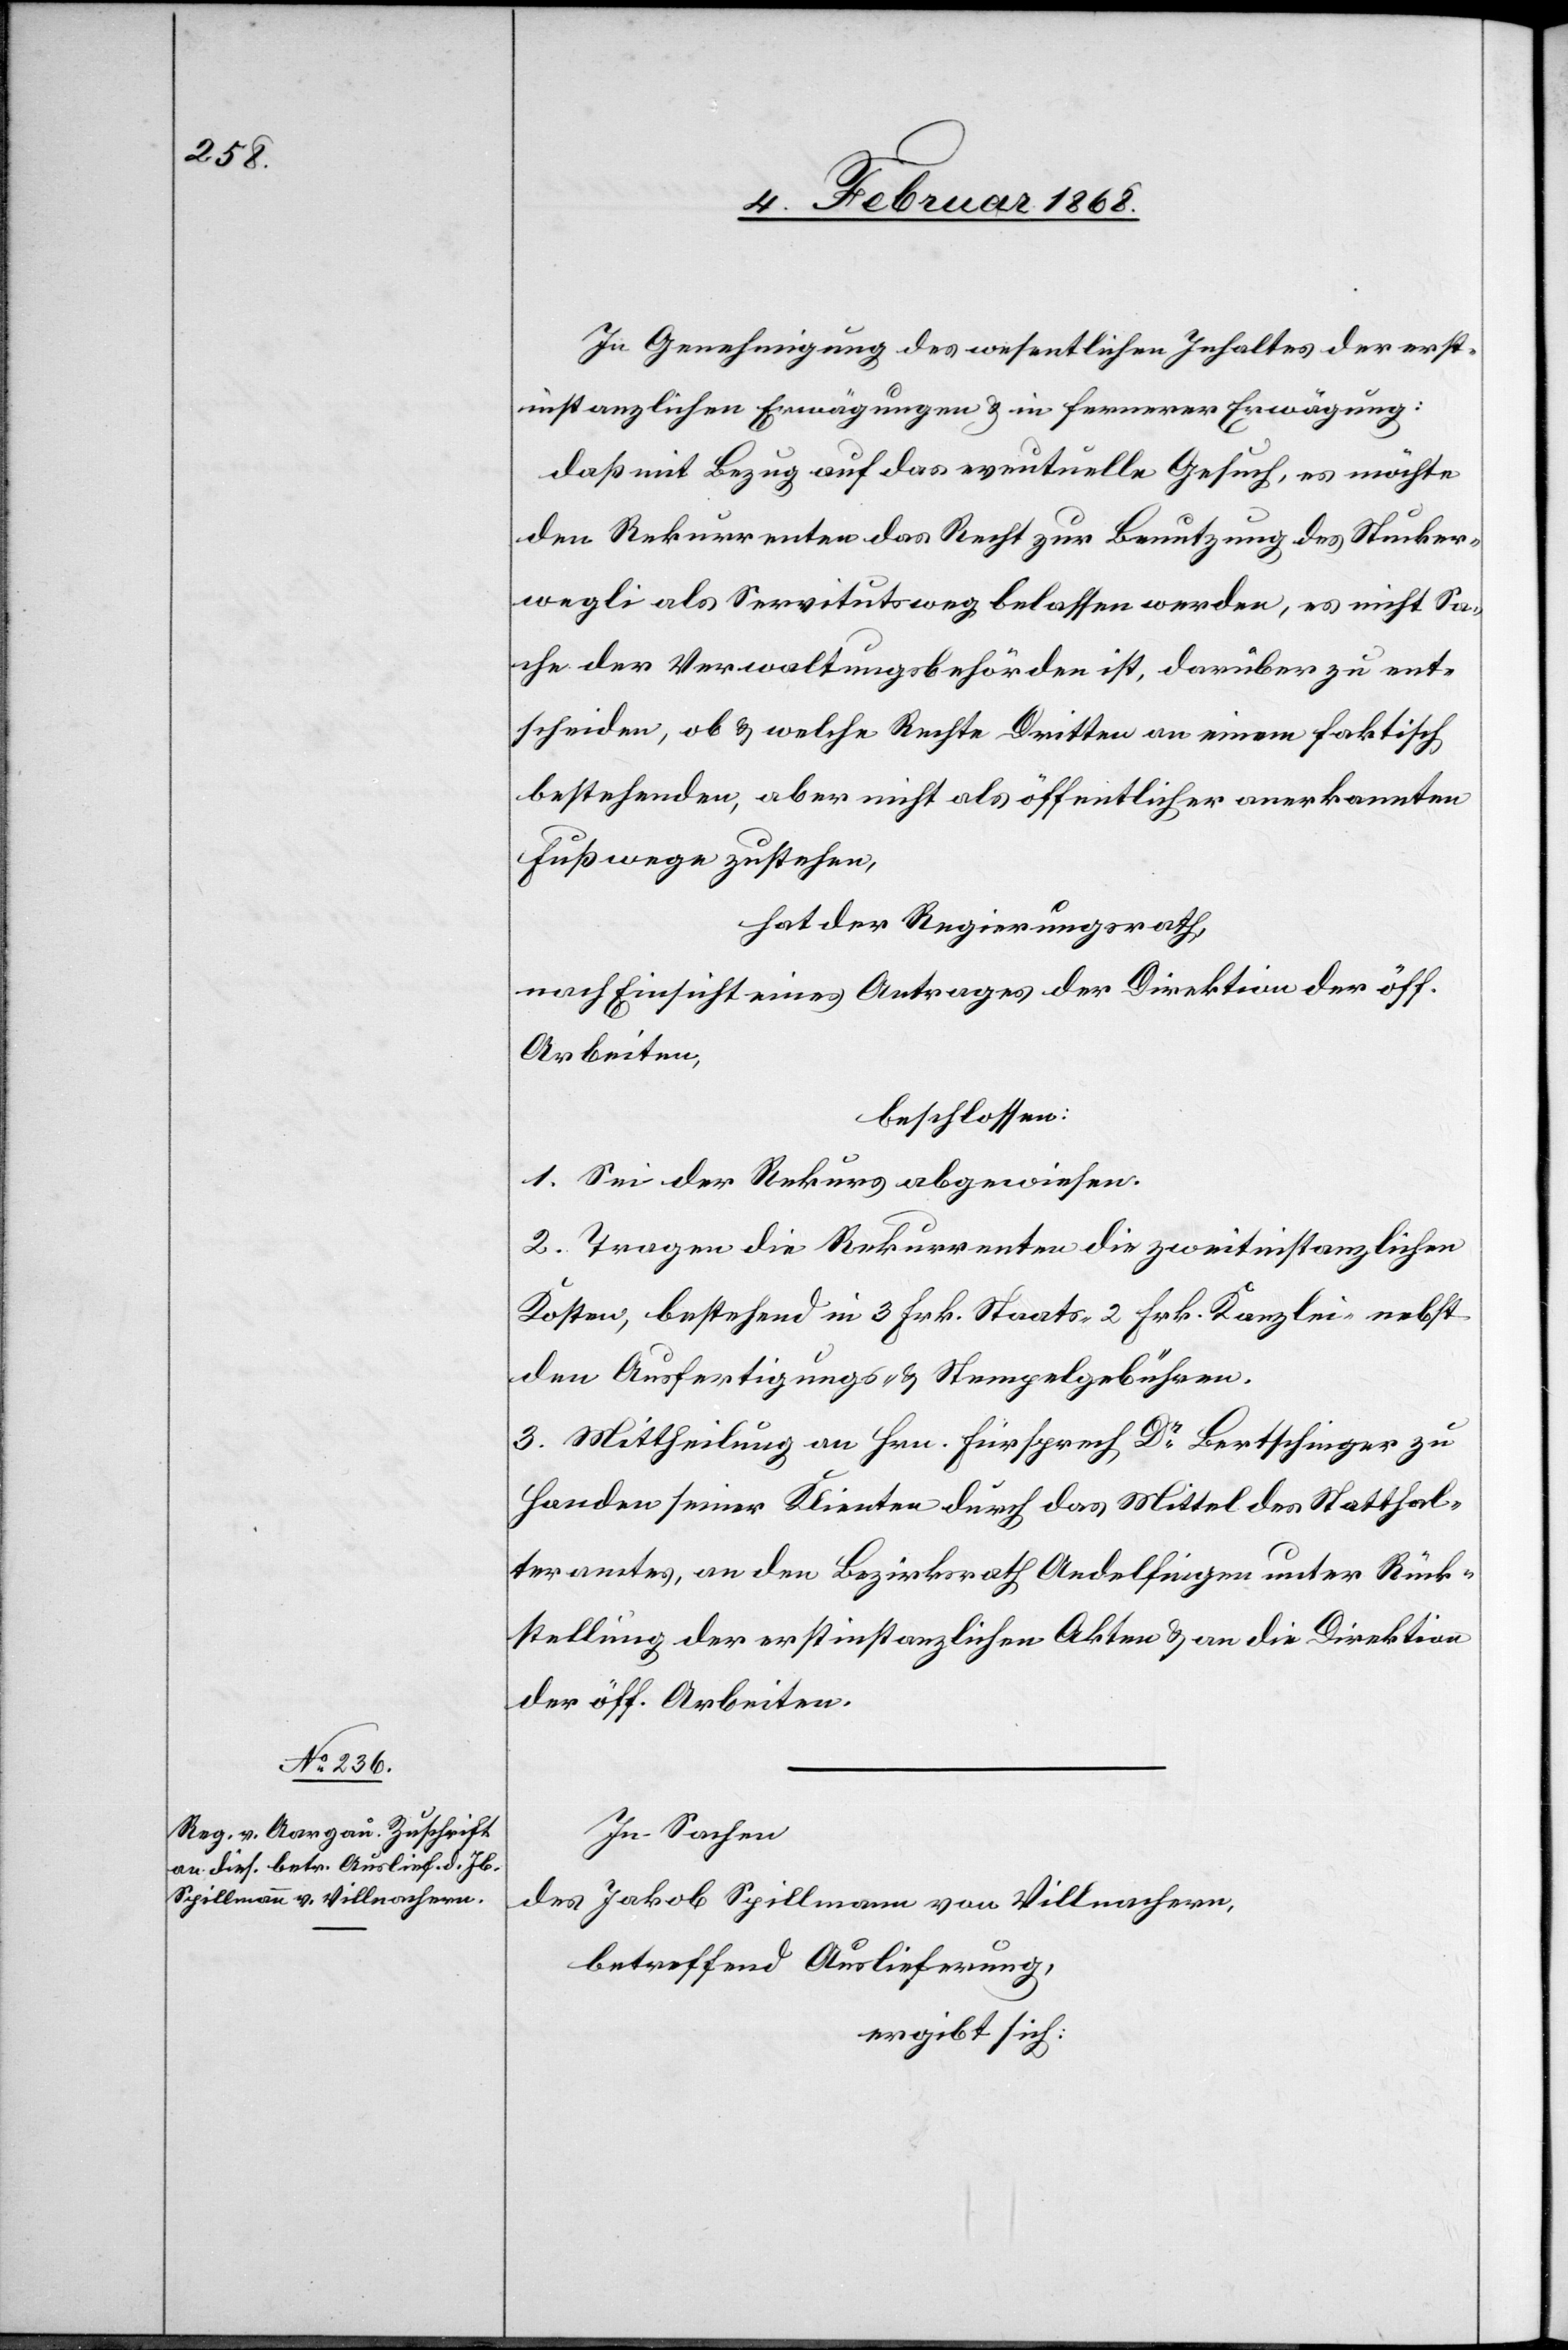
In Genehmigung des wesentlichen Inhaltes der erst¬
instanzlichen Erwägungen & in fernerer Erwägung:
daß mit Bezug auf das eventuelle Gesuch, es möchte
den Rekurrenten das Recht zur Benutzung des Stucker¬
wegli als Servitutsweg belassen werden, es nicht Sa¬
che der Verwaltungsbehörden ist, darüber zu ent¬
scheiden, ob & welche Rechte Dritten an einem faktisch
bestehenden, aber nicht als öffentlicher anerkannten
Fußwege zustehen,
hat der Regierungsrath,
nach Einsicht eines Antrages der Direktion der öff.
Arbeiten,
beschlossen:
1. Sei der Rekurs abgewiesen.
2. Tragen die Rekurrenten die zweitinstanzlichen
Kosten, bestehend in 3 Frk. Staats-[,] 2 Frk. Kanzlei-[,] nebst
den Ausfertigungs- & Stempelgebühren.
3. Mittheilung an Hrn. Fürsprech Dr. Bertschinger zu
Handen seiner Klienten durch das Mittel des Statthal¬
teramtes, an den Bezirksrath Andelfingen unter Rück¬
stellung der erstinstanzlichen Akten & an die Direktion
der öff. Arbeiten.
In Sachen
des Jakob Spillmann von Villnachern,
betreffend Auslieferung,
ergibt sich: